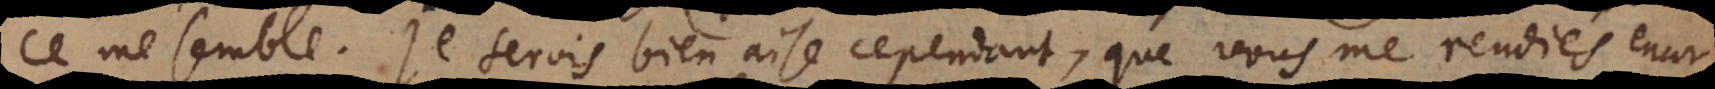
ce me semble. Je serois bien aise cependant, que vous me rendiés encor